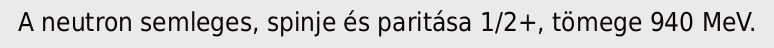
A neutron semleges, spinje és paritása 1/2+, tömege 940 MeV.